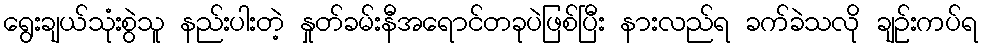
ရွေးချယ်သုံးစွဲသူ နည်းပါးတဲ့ နှုတ်ခမ်းနီအရောင်တခုပဲဖြစ်ပြီး နားလည်ရ ခက်ခဲသလို ချဉ်းကပ်ရ